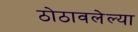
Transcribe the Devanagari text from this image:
ठोठावलेल्या